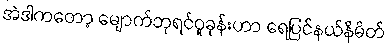
အဲဒါကတော့ မျောက်ဘုရင်ဝူခုန်းဟာ ရေပြင်နယ်နိမိတ်